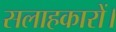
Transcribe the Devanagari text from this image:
सलाहकारों।